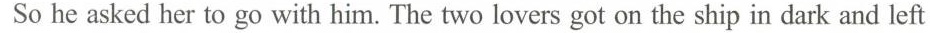
So he asked her to go with him. The two lovers got on the ship in dark and left